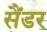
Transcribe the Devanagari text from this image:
सैंडर